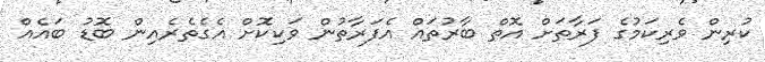
ކުރިން ވެރިކަމުގެ ފަރާތަށް އޮތް ބާރުތައް އެފަރާތުން ވަކިކޮށް އެގެތެރެއިން ބޮޑު ބައެއް